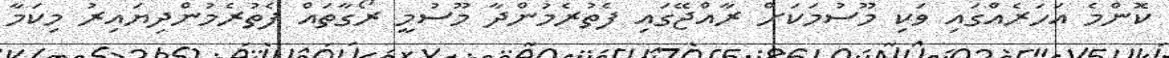
ކޮންމެ އަހަރެއްގައި ވަކި މޫސުމަކަށް ރާއްޖޭގައި ފެތުރެމުންދާ މޫސުމީ ރޯގާތައް ފެތުރެމުންދިޔައިރު މިކަމާ